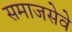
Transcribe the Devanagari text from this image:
समाजसेवे